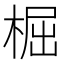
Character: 㭾